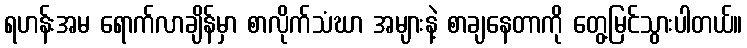
ရဟန်းအမ ရောက်လာချိန်မှာ စာလိုက်သံဃာ အများနဲ့ စာချနေတာကို တွေ့မြင်သွားပါတယ်။